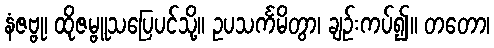
နံဇဗ္ဗု၊ ထိုဇမ္ဗူသပြေပင်သို့။ ဥပသင်္ကမိတွာ၊ ချဉ်းကပ်၍။ တတော၊